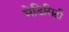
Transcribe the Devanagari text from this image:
मेडिसिटी